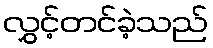
လွှင့်တင်ခဲ့သည်